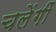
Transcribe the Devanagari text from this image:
चलेंगीं